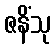
ဇနိံသု